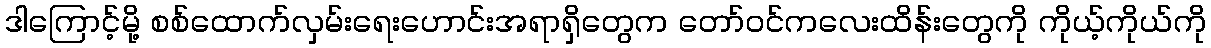
ဒါကြောင့်မို့ စစ်ထောက်လှမ်းရေးဟောင်းအရာရှိတွေက တော်ဝင်ကလေးထိန်းတွေကို ကိုယ့်ကိုယ်ကို